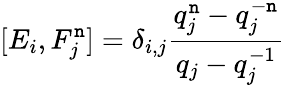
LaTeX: [E_{i},F_{j}^{\mathtt{n}}]=\delta_{i,j}\frac{{q_{j}^{\mathtt{n}}-q_{j}^{-\mathtt{n}}}}{{q_{j}-q_{j}^{-1}}}